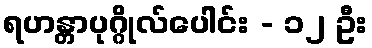
ရဟန္တာပုဂ္ဂိုလ်ပေါင်း - ၁၂ ဦး